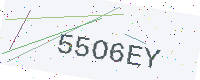
Text: 55O6EY